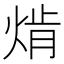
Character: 𱫗